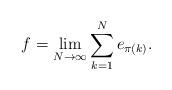
LaTeX: \begin{align*}f = \lim_{N \to \infty} \sum_{k=1}^N e_{\pi(k)}.\end{align*}